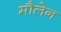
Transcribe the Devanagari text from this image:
मौलेन